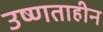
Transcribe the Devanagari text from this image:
उष्णताहीन